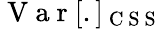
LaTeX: \mathrm{~V~a~r~}[.]_{\mathrm{~C~S~S~}}